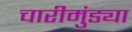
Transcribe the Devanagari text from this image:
चारीमुंड्या